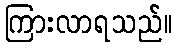
ကြားလာရသည်။